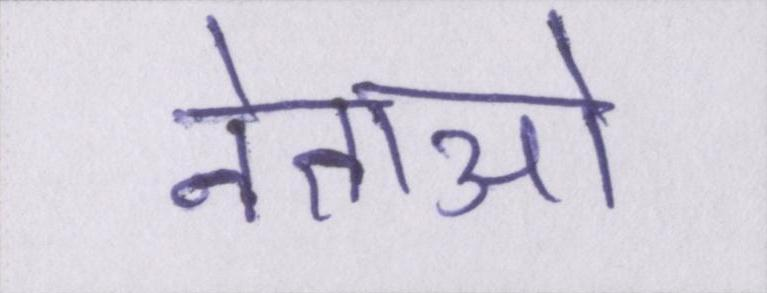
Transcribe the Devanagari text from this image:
नेताओ